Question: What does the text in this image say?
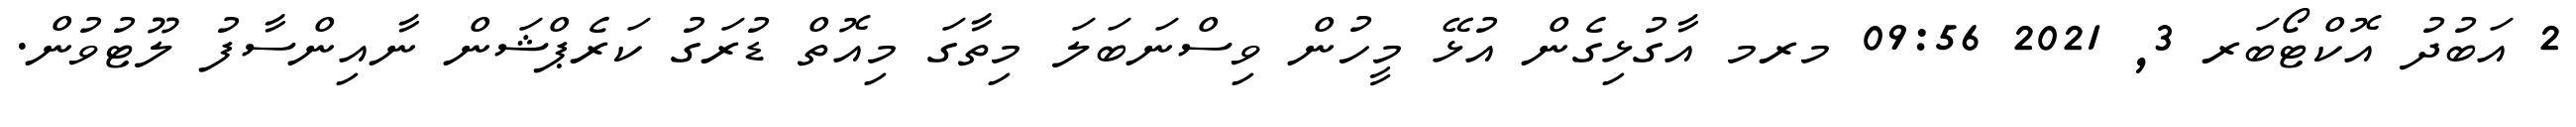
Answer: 2 އަބުދު އޮކްޓޯބަރ 3, 2021 09:56 މރމ އާގުޅިގެން އުޅޭ މީހުން ވިސްނަބަލަ މިތާގަ މިއޮތް ޑުރަގު ކަރެޕްޝަން ނާއިންސާފު ލޫޓުވުން.